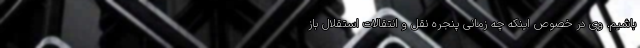
باشیم. وی در خصوص اینکه چه زمانی پنجره نقل و انتقالات استقلال باز